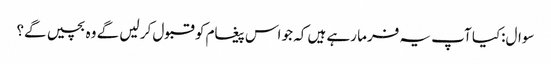
سوال:کیا آپ یہ فرما رہے ہیں کہ جو اس پیغام کو قبول کر لیں گے وہ بچیں گے؟